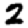
Digit: 2